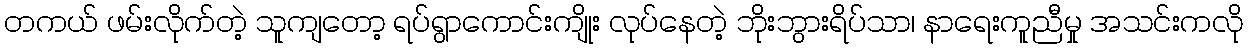
တကယ် ဖမ်းလိုက်တဲ့ သူကျတော့ ရပ်ရွာကောင်းကျိုး လုပ်နေတဲ့ ဘိုးဘွားရိပ်သာ၊ နာရေးကူညီမှု အသင်းကလို